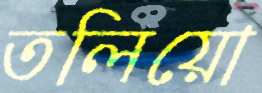
তলিয়ো